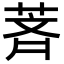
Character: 萕